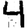
Digit: 4